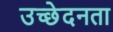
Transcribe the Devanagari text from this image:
उच्छेदनता